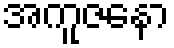
အကူဇနော